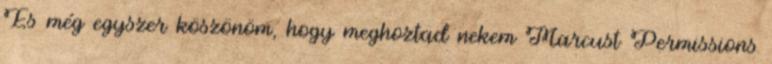
És még egyszer köszönöm, hogy meghoztad nekem Marcust Permissions